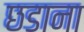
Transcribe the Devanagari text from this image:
छडाना